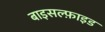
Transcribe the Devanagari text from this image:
बाइसल्फ़ाइड